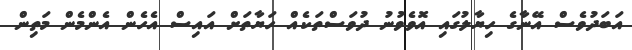
އަބަދުވެސް އޭނާގެ ހިޔާލުގައި އޮވެވުނު ދުވަސްތަކެއް ހަޔާތަށް އައިސް އެހެން އެންމެން މަތިން